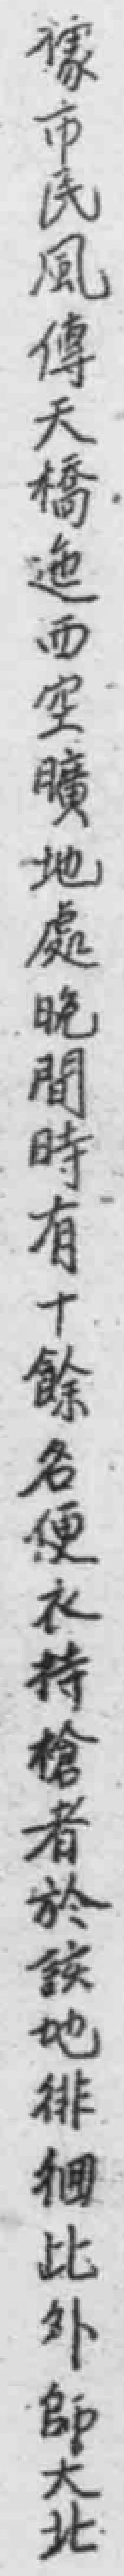
*市民風傳天橋迤西空曠地處晚间時有十餘名便衣持槍者於该地徘徊此外師大北